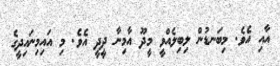
އާއި އެވެ. މިބަނޑުން ލިބިލެއްވީ މީދޫ އާމިނާ ދީދީ އެވެ. މި އައިމިނައިދީގެ